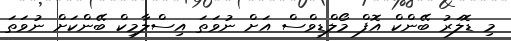
މި ޑޮލަރު ބޭންކް އޮފް މޯލްޑިވްސް އަށް ނުވަތަ އިސްލާމިކް ބޭންކަށް ނުވަތަ